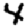
Digit: 4